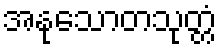
အနုသောတသုတ္တံ